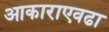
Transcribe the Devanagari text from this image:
आकाराएवढा